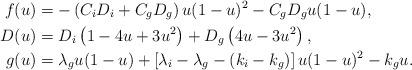
LaTeX: \begin{align*}f(u) &= -\left(C_iD_i+C_gD_g\right)u(1-u)^2 - C_gD_g u(1-u),\\D(u) &= D_i\left(1-4u+3u^2\right) + D_g\left(4u-3u^2\right),\\g(u) &= \lambda_g u (1-u) +\left[\lambda_i-\lambda_g- \left(k_i - k_g\right) \right] u(1-u)^2 -k_g u.\end{align*}